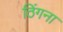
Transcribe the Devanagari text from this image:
ठिंगना